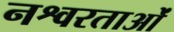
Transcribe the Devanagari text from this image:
नश्वरताओं